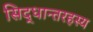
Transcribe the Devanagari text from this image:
सिद्धान्तरहस्य